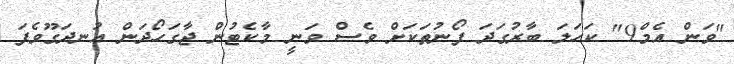
"ވަން އެމް9" ކަހަލަ ބާރުގަދަ ފޯނުތަކަށް ވެސް ވަނީ މާކެޓުން ޖާގަހޯދަން އުނދަގޫވެފަ